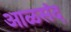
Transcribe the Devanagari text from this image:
आळसंद